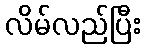
လိမ်လည်ပြီး